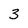
Character: 3